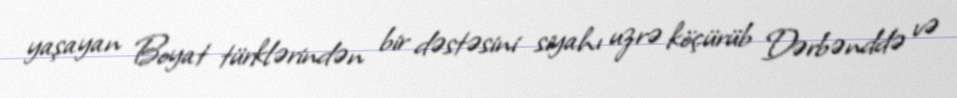
yaşayan Boyat türklərindən bir dəstəsini siyahı uzrə köçürüb Dərbənddə və